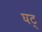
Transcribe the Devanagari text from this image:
घट्